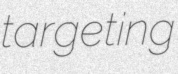
targeting